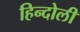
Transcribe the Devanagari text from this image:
हिन्दोली